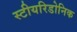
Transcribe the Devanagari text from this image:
स्टीयरिडोनिक